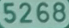
5268